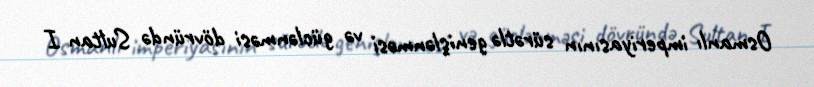
Osmanlı imperiyasının sürətlə genişlənməsi və güclənməsi dövründə Sultan I